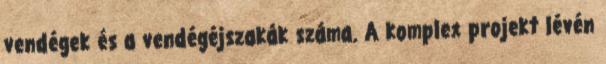
vendégek és a vendégéjszakák száma. A komplex projekt lévén